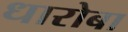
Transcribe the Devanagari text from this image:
धारोबा